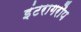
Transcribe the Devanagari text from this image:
इंटरागरौप